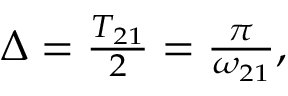
\begin{array} { r } { \Delta = \frac { T _ { 2 1 } } { 2 } = \frac { \pi } { \omega _ { 2 1 } } , } \end{array}